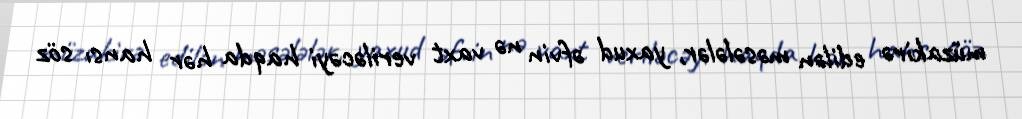
müzakirə edilən məsələlər, yaxud əfvin nə vaxt veriləcəyi haqda hər hansı söz